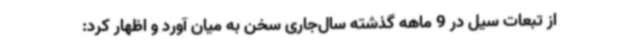
از تبعات سیل در 9 ماهه گذشته سال‌جاری سخن به میان آورد و اظهار کرد: